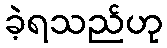
ခဲ့ရသည်ဟု